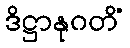
ဒိဋ္ဌာနုဂတိံ